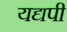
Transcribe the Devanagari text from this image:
यद्यपी